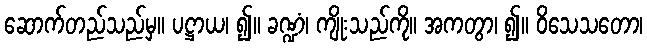
ဆောက်တည်သည်မှ။ ပဋ္ဌာယ၊ ၍။ ခဏ္ဍံ၊ ကျိုးသည်ကို။ အကတွာ၊ ၍။ ဝိသေသတော၊